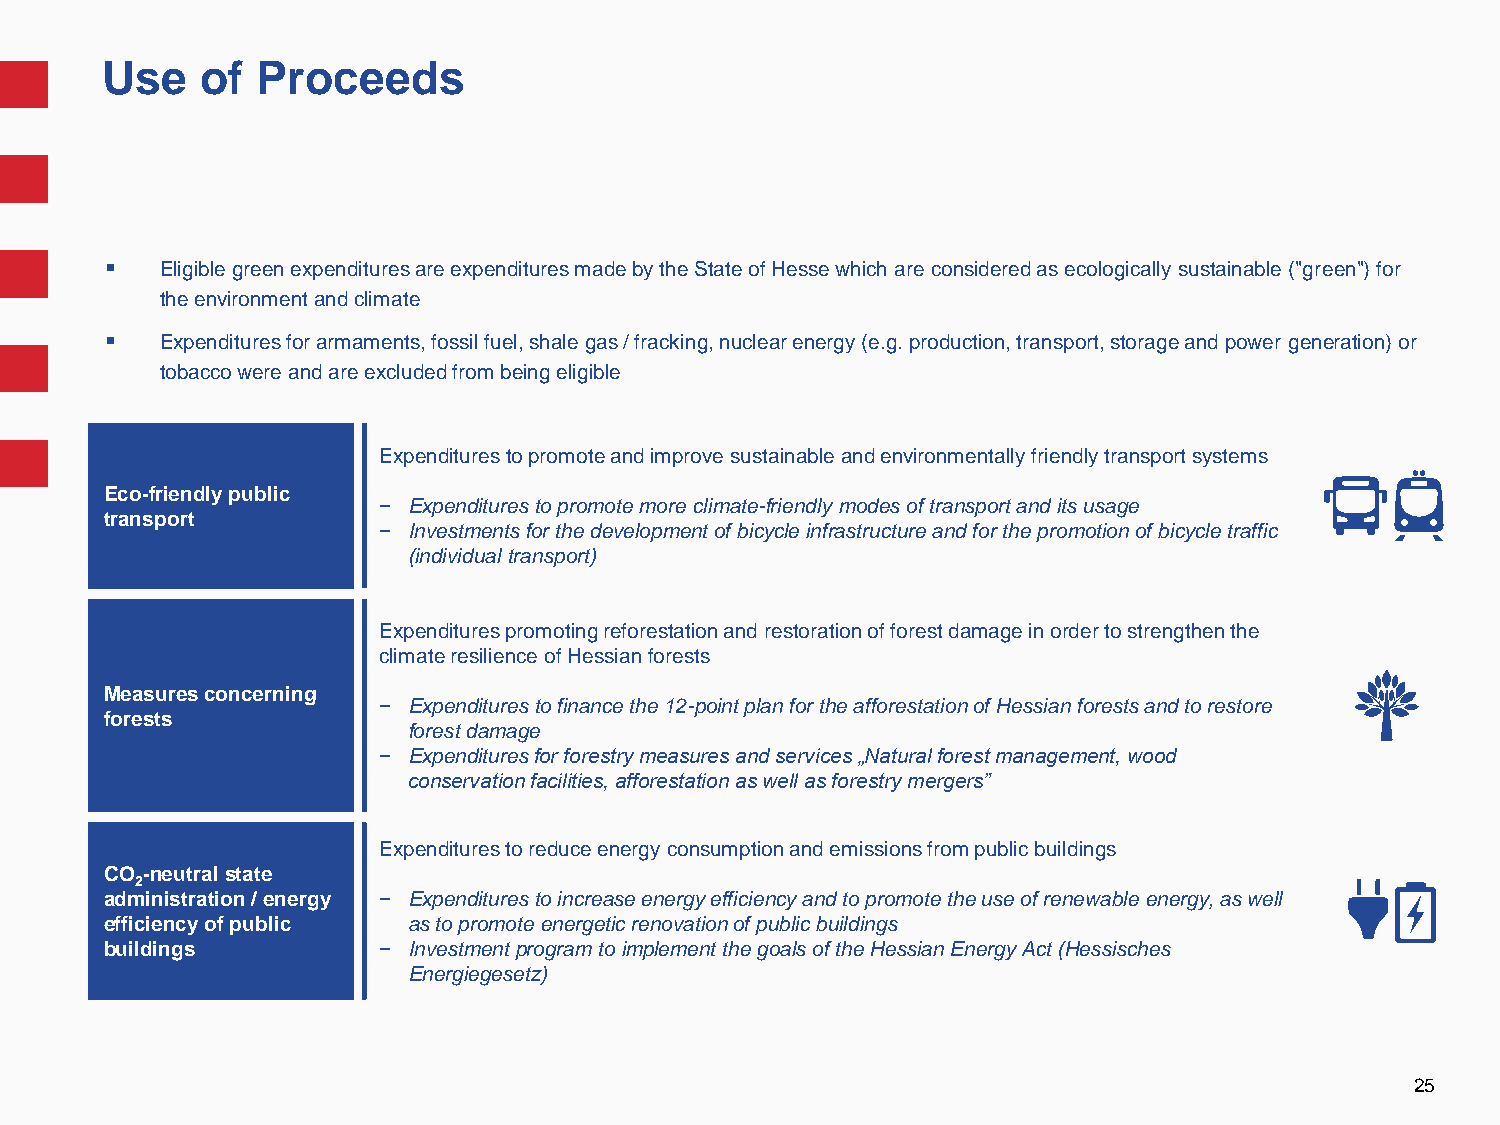
Use   of  Proceeds
    Eligible green expenditures are expenditures made by the State of Hesse which are considered as ecologically sustainable ("green") for
 the environment and climate
    Expenditures for armaments, fossil fuel, shale gas / fracking, nuclear energy (e.g. production, transport, storage and power generation) or
 tobacco were and are excluded from being eligible
 Expenditures to promote and improve sustainable and environmentally friendly transport systems
 Eco-friendly public
 − Expenditures to promote more climate-friendly modes of transport and its usage
 transport
 − Investments for the development of bicycle infrastructure and for the promotion of bicycle traffic
 (individual transport)
 Expenditures promoting reforestation and restoration of forest damage in order to strengthen the
 climate resilience of Hessian forests
 Measures concerning
 − Expenditures to finance the 12-point plan for the afforestation of Hessian forests and to restore
 forests
 forest damage
 − Expenditures for forestry measures and services „Natural forest management, wood
 conservation facilities, afforestation as well as forestry mergers”
 Expenditures to reduce energy consumption and emissions from public buildings
 CO -neutral state
 2
 administration / energy − Expenditures to increase energy efficiency and to promote the use of renewable energy, as well
 efficiency of public as to promote energetic renovation of public buildings
 buildings         − Investment program to implement the goals of the Hessian Energy Act (Hessisches
 Energiegesetz)
 25